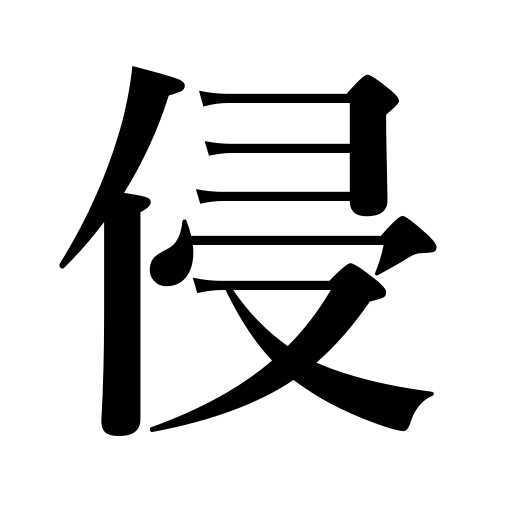
Meanings: raid,intrude on,trespass,violate,invate